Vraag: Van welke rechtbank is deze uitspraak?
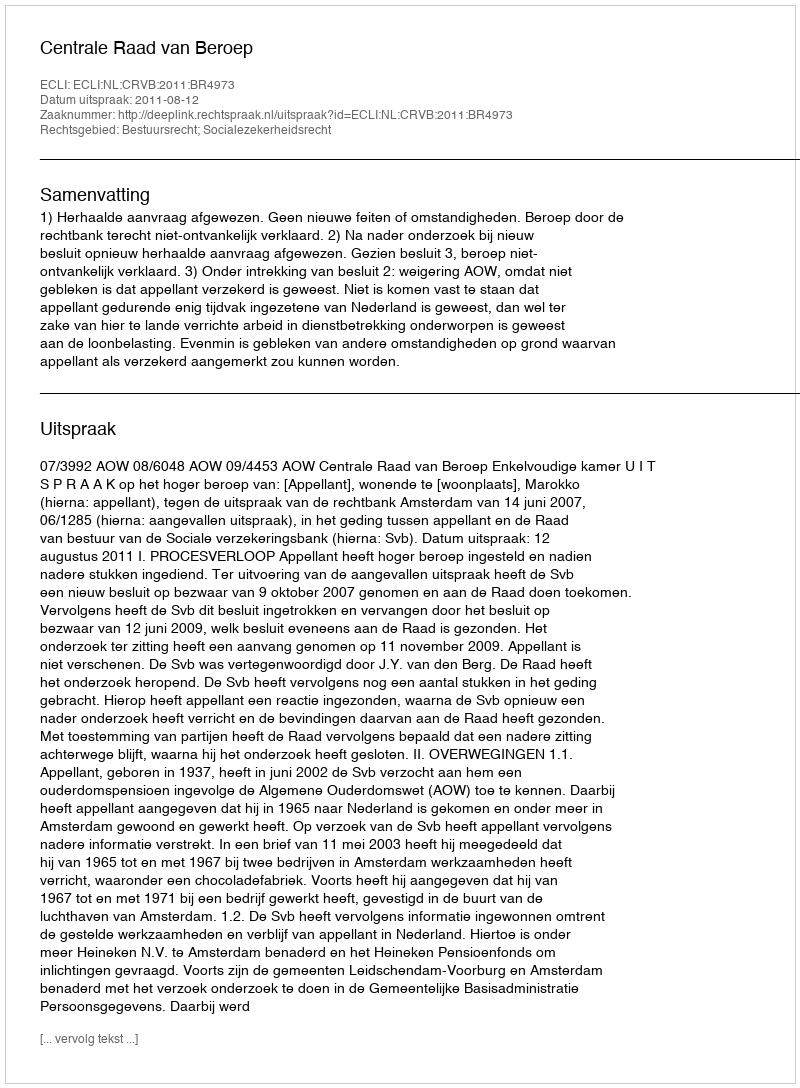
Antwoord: Centrale Raad van Beroep